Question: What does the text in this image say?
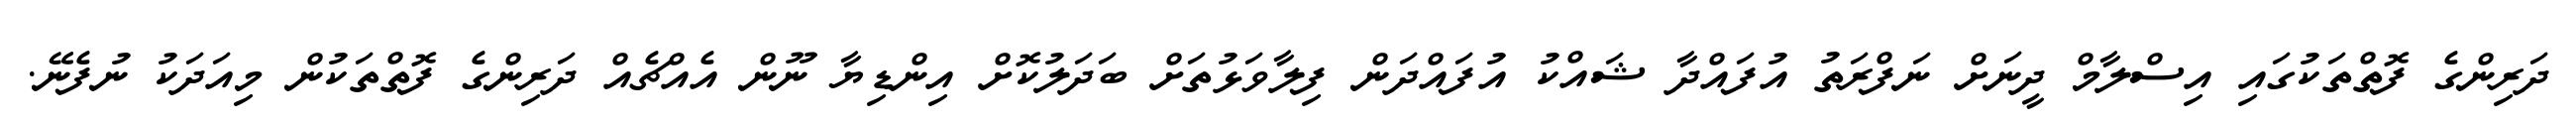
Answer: ދަރިންގެ ފޮތްތަކުގައި އިސްލާމް ދީނަށް ނަފްރަތު އުފައްދާ ޝައްކު އުފައްދަން ފިލާވަޅުތަށް ބަދަލުކޮށް އިންޑިޔާ ނޫން އެއްޗެއް ދަރިންގެ ފޮތްތަކުން މިއަދަކު ނުފެނޭ.